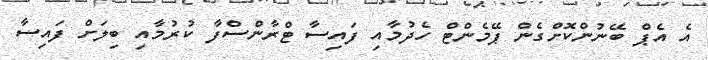
އެ އެޕް ބޭނުންކޮށްގެން ޕޭމެންޓް ހެދުމާއި ފައިސާ ޓްރާންސްފާ ކުރުމާއި ބިލަށް ފައިސާ